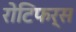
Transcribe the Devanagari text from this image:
रोटिफर्स